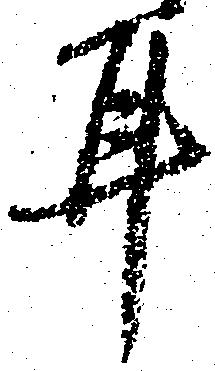
耳